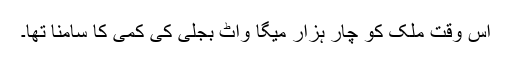
اس وقت ملک کو چار ہزار میگا واٹ بجلی کی کمی کا سامنا تھا۔